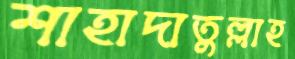
শাহাদাতুল্লাহ